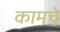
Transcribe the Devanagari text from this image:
कामचे